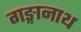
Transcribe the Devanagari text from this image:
गङ्गानाथ